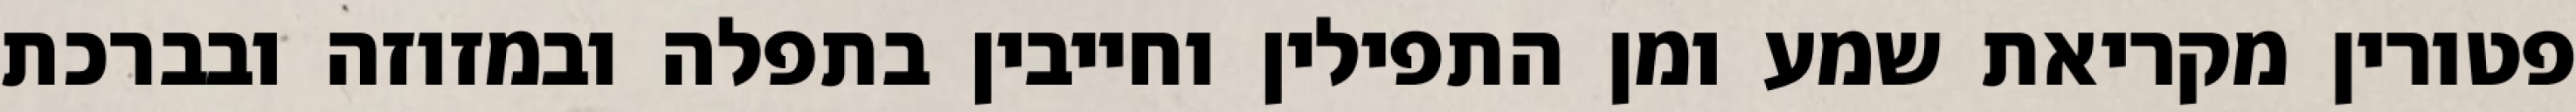
פטורין מקריאת שמע ומן התפילין וחייבין בתפלה ובמזוזה ובברכת